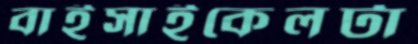
বাইসাইকেলটা